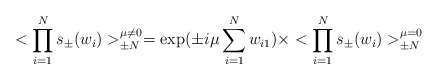
\begin{align*}<\prod_{i=1}^{N} s_\pm(w_i)>_{\pm N}^{\mu \ne 0} =\exp(\pm i\mu \sum_{i = 1}^N w_{i 1}) \times<\prod_{i=1}^{N} s_\pm(w_i)>_{\pm N}^{\mu = 0}\end{align*}